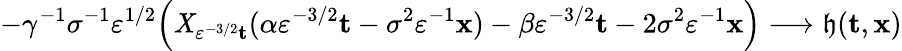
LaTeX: -\gamma^{-1}\sigma^{-1}\varepsilon^{1/2}\Big(\mathit{X}_{\varepsilon^{-3/2}\mathbf{{t}}}(\alpha\varepsilon^{-3/2}\mathbf{{t}}-\sigma^{2}\varepsilon^{-1}\mathbf{{x}})-\beta\varepsilon^{-3/2}\mathbf{{t}}-2\sigma^{2}\varepsilon^{-1}\mathbf{{x}}\Big)\longrightarrow\mathfrak{{h}}(\mathbf{{t}},\mathbf{{x}})